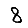
Digit: 8